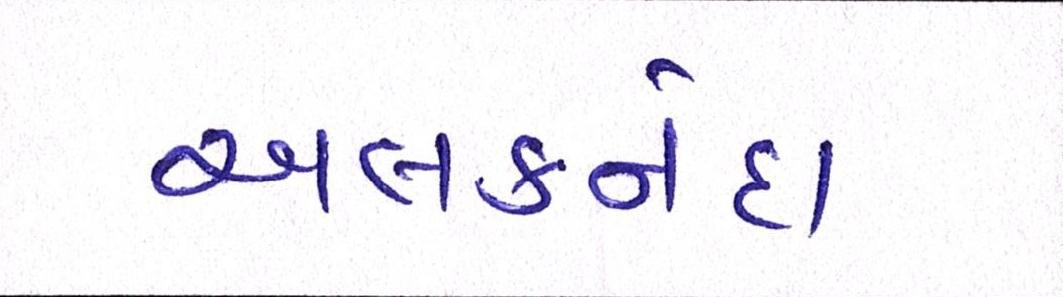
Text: અલકનંદા